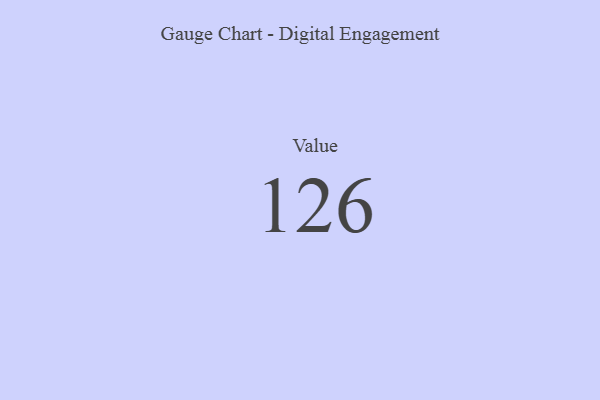
{"axis": {"x": "Metric", "y": "Value"}, "legend": [""], "data": [{"x": "Value", "y": 126, "type": ""}]}